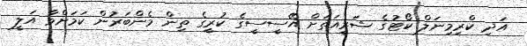
އަދި ކްރިމިނަލް ކޯޓުގެ ޝަރީއަތަށް އޭސީސީގެ ކުރީގެ ތިން މެންބަރުން ކަމަށްވާ އަލީ